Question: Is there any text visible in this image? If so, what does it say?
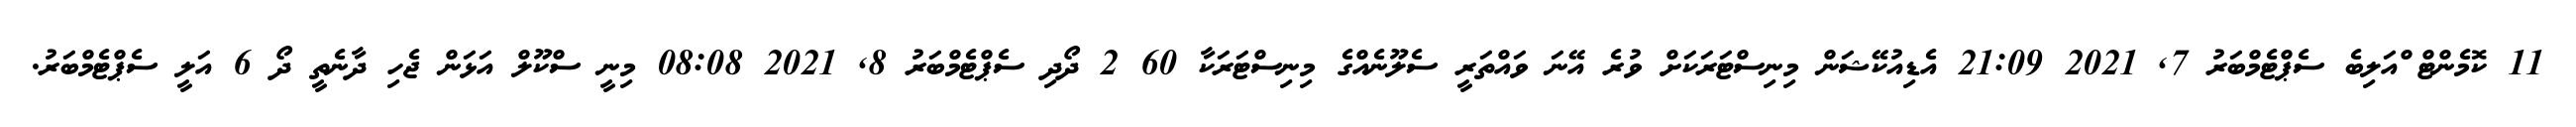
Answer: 11 ކޮމެންޓް ްއަލިބެ ސެޕްޓެމްބަރު 7, 2021 21:09 އެޑިއުކޭޝަން މިނިސްޓަރަކަށް ވުރެ އޭނަ ވައްތަރީ ސެލޫނެއްގެ މިނިސްޓަރަކާ 60 2 ދޯދި ސެޕްޓެމްބަރު 8, 2021 08:08 މިނީ ސްކޫލް އަޅަން ޖެހި ދާނެތީ ދޯ 6 އަލީ ސެޕްޓެމްބަރު.